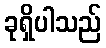
ခုရှိပါသည်